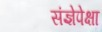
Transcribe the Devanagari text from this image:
संज्ञेपेक्षा